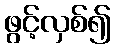
ဖွင့်လှစ်၍